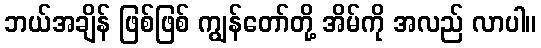
ဘယ်အချိန် ဖြစ်ဖြစ် ကျွန်တော်တို့ အိမ်ကို အလည် လာပါ။